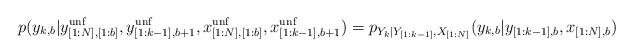
LaTeX: \begin{align*}p(y_{k,b}|y_{[1:N],[1:b]}^{\mathrm{unf}},y_{[1:k-1],b+1}^{\mathrm{unf}},x_{[1:N],[1:b]}^{\mathrm{unf}},x_{[1:k-1],b+1}^{\mathrm{unf}})=p_{Y_k|Y_{[1:k-1]},X_{[1:N]}}(y_{k,b}|y_{[1:k-1],b},x_{[1:N],b})\end{align*}